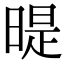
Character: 𣉆